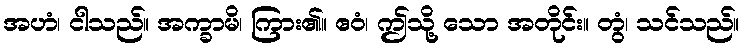
အဟံ၊ ငါသည်။ အက္ခာမိ၊ ကြား၏။ ဧဝံ၊ ဤသို့ သော အတိုင်း။ တွံ၊ သင်သည်။